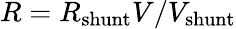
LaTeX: R=R_{\mathrm{shunt}}V/V_{\mathrm{shunt}}